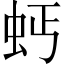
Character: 𧉝